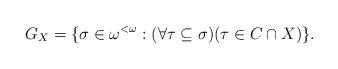
LaTeX: \begin{align*}G_{X}=\{\sigma\in\omega^{<\omega} : (\forall\tau\subseteq\sigma)( \tau\in C\cap X)\}.\end{align*}